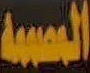
المصممة